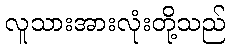
လူသားအားလုံးတို့သည်